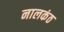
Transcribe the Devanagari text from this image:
नालकंठ